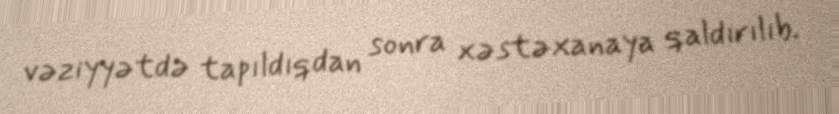
vəziyyətdə tapıldıqdan sonra xəstəxanaya qaldırılıb.